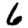
Digit: 6